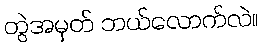
တွဲအမှတ် ဘယ်လောက်လဲ။